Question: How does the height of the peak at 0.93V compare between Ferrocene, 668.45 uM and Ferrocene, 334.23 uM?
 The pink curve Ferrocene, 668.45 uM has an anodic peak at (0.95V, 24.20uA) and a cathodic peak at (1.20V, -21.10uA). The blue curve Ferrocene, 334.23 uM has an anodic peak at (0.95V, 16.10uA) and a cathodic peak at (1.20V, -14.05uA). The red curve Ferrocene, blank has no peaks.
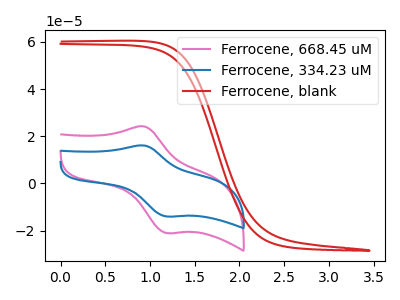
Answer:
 <answer>The peak at 0.93V is higher in "Ferrocene, 668.45 uM" than in "Ferrocene, 334.23 uM".</answer>
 <eval>higher</eval>